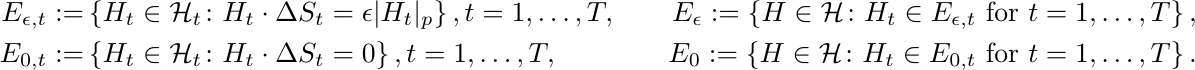
\begin{align*}
E_{\epsilon, t} :=& \left\{ H_t \in \mathcal H_t \colon H_t \cdot \Delta S_t = \epsilon |H_t|_p  \right\}, t=1,\ldots,T,\quad
&E_\epsilon := \left\{ H \in \mathcal H \colon H_t \in E_{\epsilon,t} \text{ for } t = 1,\ldots, T \right\},\\
E_{0, t} :=& \left\{ H_t \in \mathcal H_t \colon H_t \cdot \Delta S_t = 0  \right\}, t=1,\ldots,T,\quad
&E_0 :=\left\{ H \in \mathcal H \colon H_t \in E_{0,t}
\text{ for } t = 1,\ldots, T \right\}.
\end{align*}